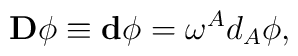
\mathbf{D}\phi \equiv \mathbf{d}\phi =\mathbf{\omega }^{A}d_{A}\phi ,